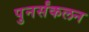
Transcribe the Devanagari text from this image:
पुनर्संकलन